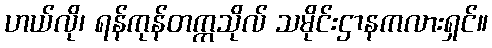
ဟယ်လို၊ ရန်ကုန်တက္ကသိုလ် သမိုင်းဌာနကလားရှင်။